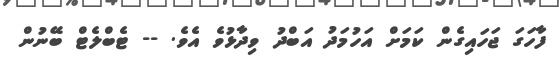
ފާހަގަ ޖަހައިގެން ކަމަށް އަހުމަދު އަބްދު ވިދާޅުވެ އެވެ. -- ޓެބްލެޓް ބޭނުން